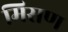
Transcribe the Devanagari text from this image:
मिसण